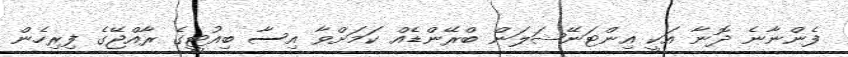
ފެންނާނެ ދޮނާ އަކީ އިންޓަނޭޝަލަން ބްރޭންޑެއް ކަމަށްވާ އިސާ ބިއުޓީގެ ރާއްޖޭގެ ފިރިހެން